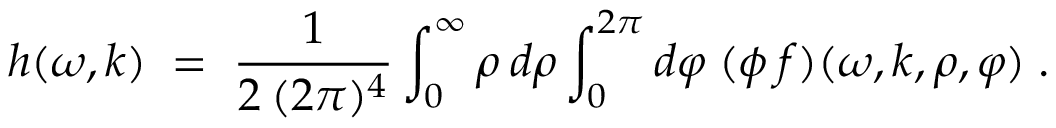
h ( \omega , k ) \; = \; \frac { 1 } { 2 \: ( 2 \pi ) ^ { 4 } } \int _ { 0 } ^ { \infty } \rho \: d \rho \int _ { 0 } ^ { 2 \pi } d \varphi \; ( \phi \: f ) ( \omega , k , \rho , \varphi ) \; .